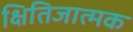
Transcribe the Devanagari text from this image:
क्षितिजात्मक